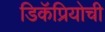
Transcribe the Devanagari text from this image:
डिकॅप्रियोची